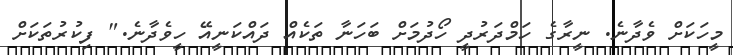
މީހަކަށް ވެދާނެ. ނީރާގެ ހަމްދަރުދީ ހޯދުމަށް ބަހަނާ ތަކެއް ދައްކަނީއޭ ހީވެދާނެ." ފިކުރުތަކަށް